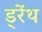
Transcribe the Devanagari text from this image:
ड्रेंथ